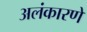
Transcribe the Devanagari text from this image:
अलंकारणे